画像に写った文字を読んでください
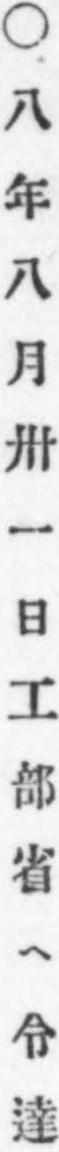
「○八年八月卅一日工部省ヘ令達」と書いてあります